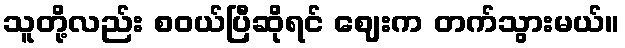
သူတို့လည်း စဝယ်ပြီဆိုရင် ဈေးက တက်သွားမယ်။